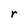
Character: r